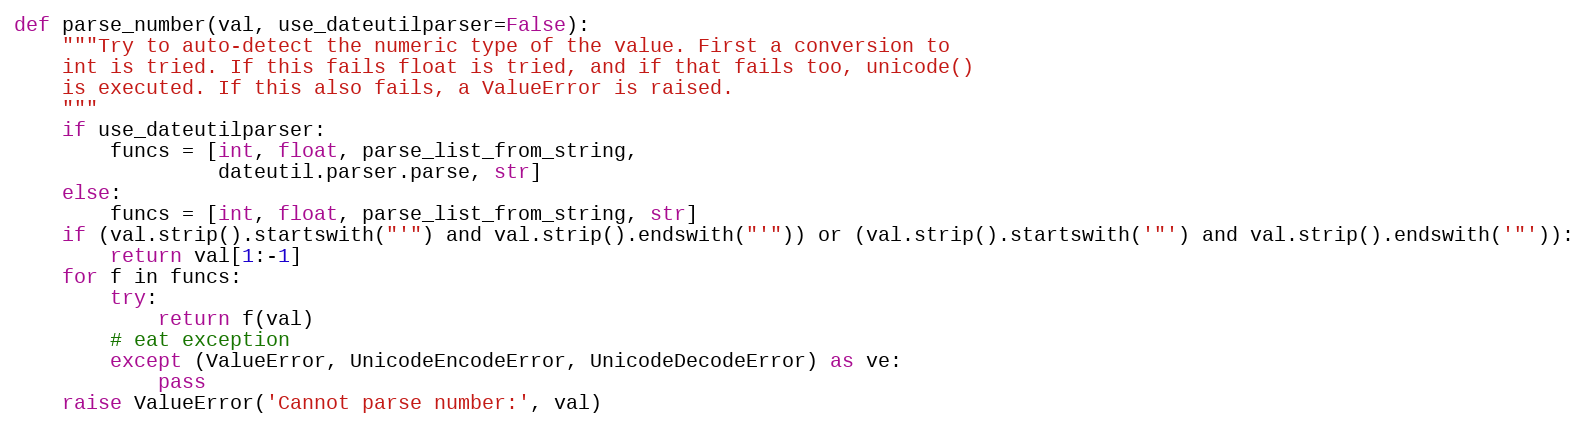
Language: Python
def parse_number(val, use_dateutilparser=False):
    """Try to auto-detect the numeric type of the value. First a conversion to
    int is tried. If this fails float is tried, and if that fails too, unicode()
    is executed. If this also fails, a ValueError is raised.
    """
    if use_dateutilparser:
        funcs = [int, float, parse_list_from_string,
                 dateutil.parser.parse, str]
    else:
        funcs = [int, float, parse_list_from_string, str]
    if (val.strip().startswith("'") and val.strip().endswith("'")) or (val.strip().startswith('"') and val.strip().endswith('"')):
        return val[1:-1]
    for f in funcs:
        try:
            return f(val)
        # eat exception
        except (ValueError, UnicodeEncodeError, UnicodeDecodeError) as ve:
            pass
    raise ValueError('Cannot parse number:', val)